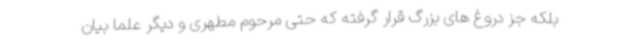
بلکه جز دروغ های بزرگ قرار گرفته که حتی مرحوم مطهری و دیگر علما بیان